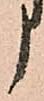
う